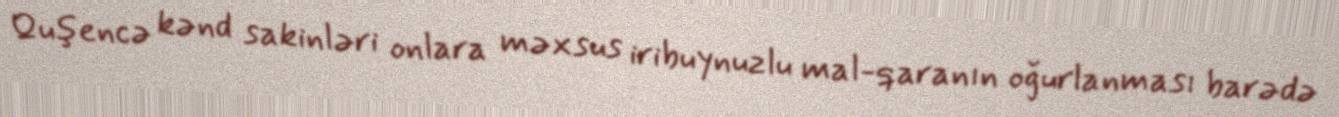
Quşencə kənd sakinləri onlara məxsus iribuynuzlu mal-qaranın oğurlanması barədə